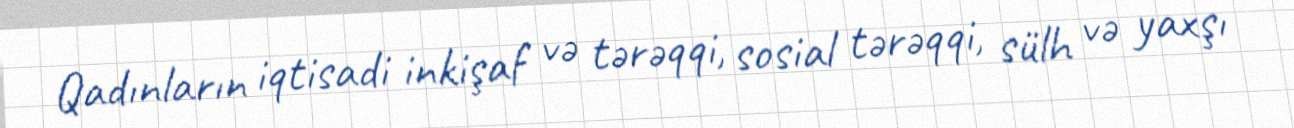
Qadınların iqtisadi inkişaf və tərəqqi, sosial tərəqqi, sülh və yaxşı